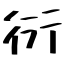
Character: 衍